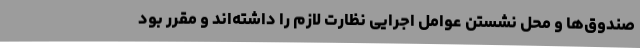
صندوق‌ها و محل نشستن عوامل اجرایی نظارت لازم را داشته‌اند و مقرر بود